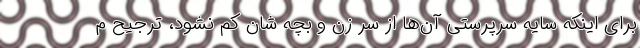
برای اینکه سایه سرپرستی آن‌ها از سر زن و بچه شان کم نشود، ترجیح م